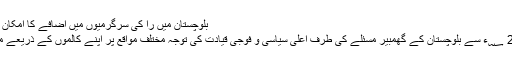
بلوچستان میں را کی سرگرمیوں میں اضافے کا امکان | Jasarat Blog
راقم الحروف 2011 ؁ء سے بلوچستان کے گھمبیر مسئلے کی طرف اعلیٰ سیاسی و فوجی قیادت کی توجہ مختلف مواقع پر اپنے کالموں کے ذریعے مسلسل دلاتا رہا ہے۔